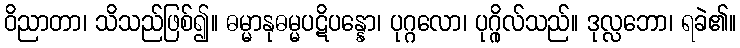
ဝိညာတာ၊ သိသည်ဖြစ်၍။ ဓမ္မာနုဓမ္မပဋိပန္နော၊ ပုဂ္ဂလော၊ ပုဂ္ဂိုလ်သည်။ ဒုလ္လဘော၊ ရခဲ၏။